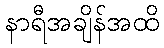
နာရီအချိန်အထိ